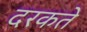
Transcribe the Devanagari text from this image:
दरकते